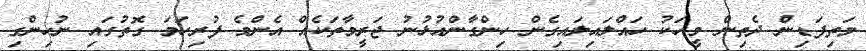
މަތިފަޑިން ދެތިން މީހަކު ހައްލައިލައިގެން ހިންގާންއުޅުނު ޖަރީމާތަކެއް އެންމެ ފުރިހަމަ ގޮތުގައި ނުހިންގި